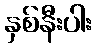
နှစ်နီးပါး